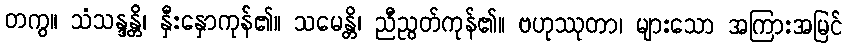
တကွ။ သံသန္ဒန္တိ၊ နှီးနှောကုန်၏။ သမေန္တိ၊ ညီညွတ်ကုန်၏။ ဗဟုဿုတာ၊ များသော အကြားအမြင်